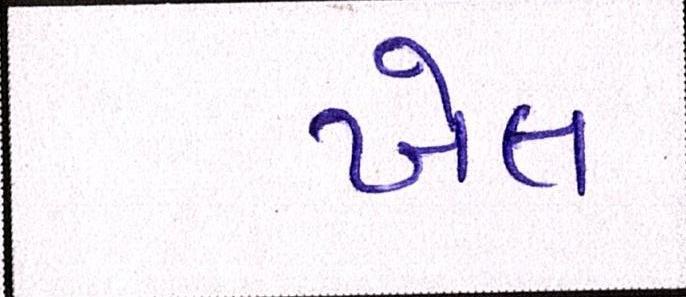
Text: ખેલ